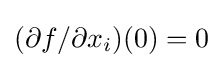
(\partial f/\partial x_{i})(0)=0